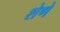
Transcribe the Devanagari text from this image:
शेणे